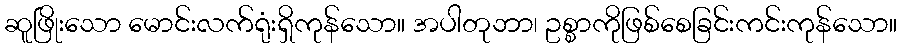
ဆူဖြိုးသော မောင်းလက်ရုံးရှိကုန်သော။ အပါတုဘာ၊ ဥစ္စာကိုဖြစ်စေခြင်းကင်းကုန်သော။